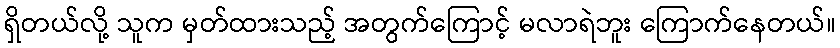
ရှိတယ်လို့ သူက မှတ်ထားသည့် အတွက်ကြောင့် မလာရဲဘူး ကြောက်နေတယ်။